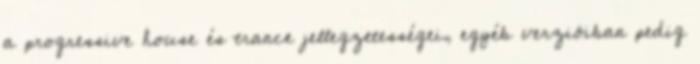
a progressive house és trance jellegzetességei, egyéb verzióiban pedig